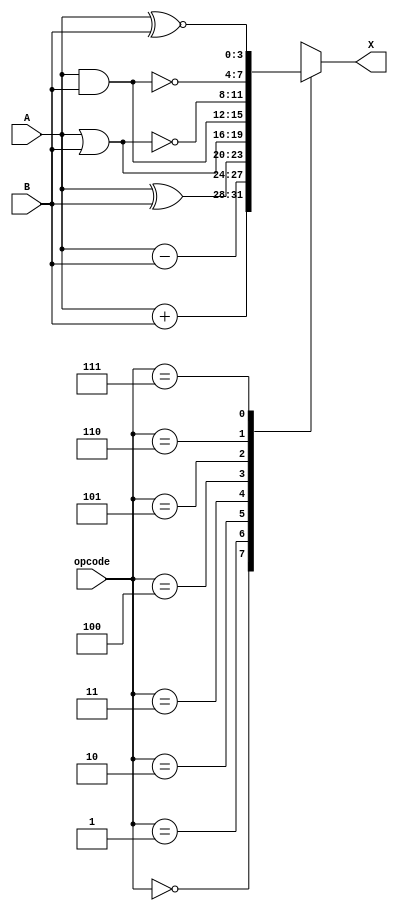
module ALU(X, A, opcode, B);

input [3:0] A,B;

input [2:0] opcode;

output reg [3:0] X;

always @( opcode ) begin

case(opcode)

3'd00 : X = A + B;

3'd01 : X = A - B;

3'd02 : X = A ^ B;

3'd03 : X = A | B;

3'd04 : X = A & B;

3'd05 : X = A ~| B;

3'd06 : X = A ~& B;

3'd07 : X = A ~^ B;

endcase
end

endmodule